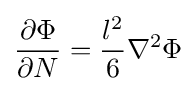
{\frac {\partial \Phi }{\partial N}}={\frac {l^{2}}{6}}\nabla ^{2}\Phi